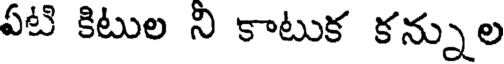
ఏటి కిటుల ని కాటుక కన్నుల